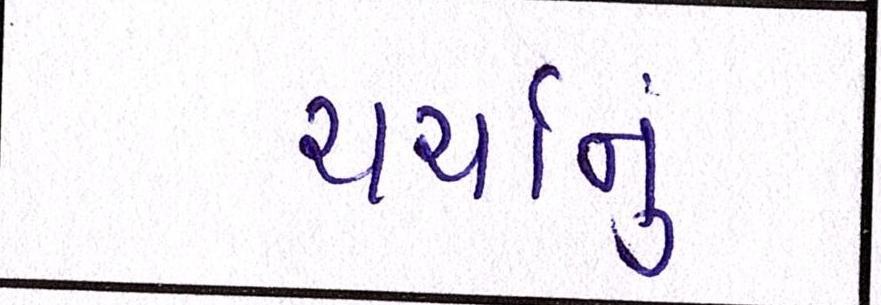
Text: ચર્ચાનું